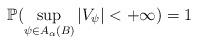
LaTeX: \begin{align*}\mathbb{P}(\sup_{\psi\in A_{\alpha}(B)}|V_{\psi}| < + \infty) = 1\end{align*}